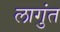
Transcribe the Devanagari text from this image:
लागुंत